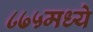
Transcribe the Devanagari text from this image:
८७५मध्ये